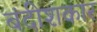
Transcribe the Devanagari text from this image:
बंदीशकार